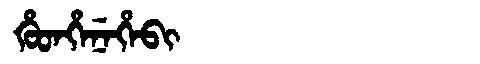
Manchu: ᡥᡠᡨᡥᡝᠨᡝᡥᡝᠪᡳ
Romanization: HUTHENEHEBI